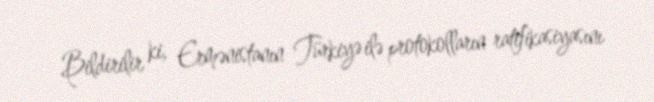
Bildirilir ki, Ermənistanın Türkiyə ilə protokolların ratifikasiyasını